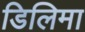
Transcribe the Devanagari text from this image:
डिलिमा